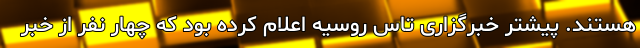
هستند. پیشتر خبرگزاری تاس روسیه اعلام کرده بود که چهار نفر از خبر